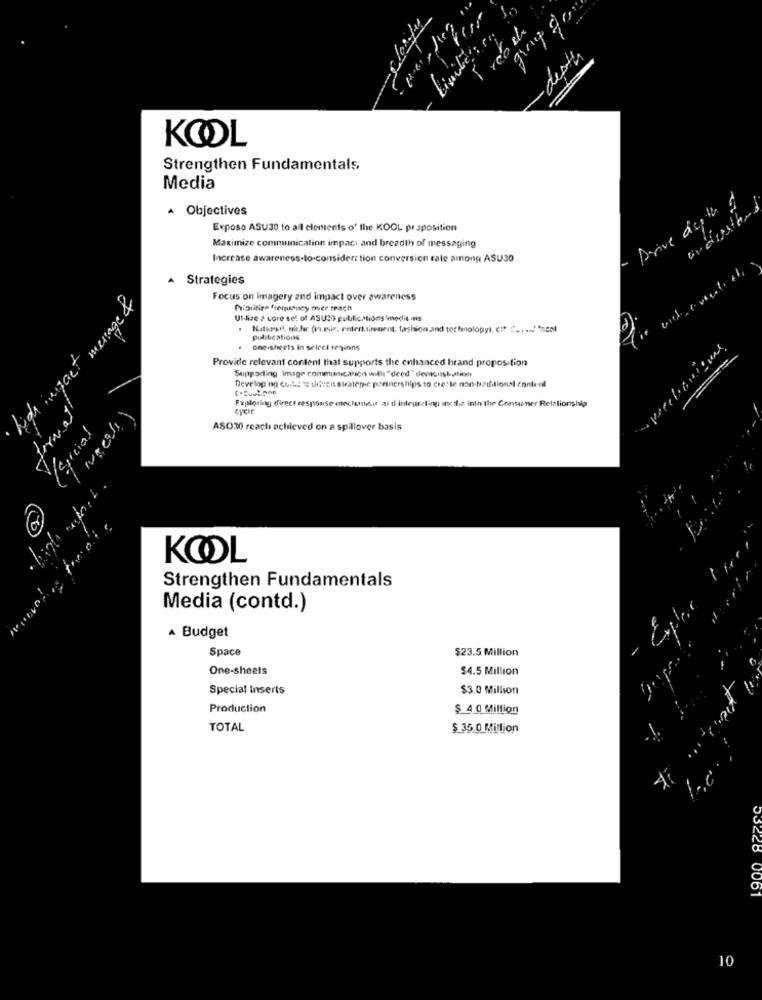
Limiter !
- depth
KOOL
Strengthen Fundamentals,
Media
Drive depth $
Objectives
Exposo ASU30 to all elements of the KOOL proposition
Maximize communication impaci and breadth of messaging
Increase awareness-to-consider: tion conversion rate among ASU30
Strategies
Focus on Imagery and impact over awareness
high impact menge &
Prioritize frequency over reach
Utilize > core set of ASUCO public.tions medit-ins
Nakryt, nicht (ritic, enterl.simonnt, fashion and technology). cif ['. . .. "nest
publications
One-sheels In seiret seginns
Provide relevant content that supports the enhanced brand proposition
Supporting Image commitaction will "deed" dericustation
Develop'nn cost Et thereis straterne partnerships to cres le non-badhitions content
format
Fxploring direct response mechansit and integration write inin Ihr Consumer Relationship
eyese
(social
ASO30 reacti achieved on a spillover basis
KOOL
Strengthen Fundamentals
Media (contd.)
A Budget
Space
$23.5 Million
One-sheets
$4.5 Million
Special Inserts
$3.0 Million
Production
$ 4.0 Million
TOTAL
$ 35.0 Million
53228
0061
10